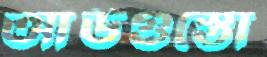
আউগুস্তো